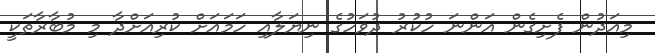
މިއަދުން ފެށިގެން އަންނަ ހުކުރު ދުވަހުގެ ނިޔަލާއި ހަމައަށް ކުރިއަށްދާ މި މުބާރާތަކީ